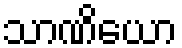
သာဏိယော